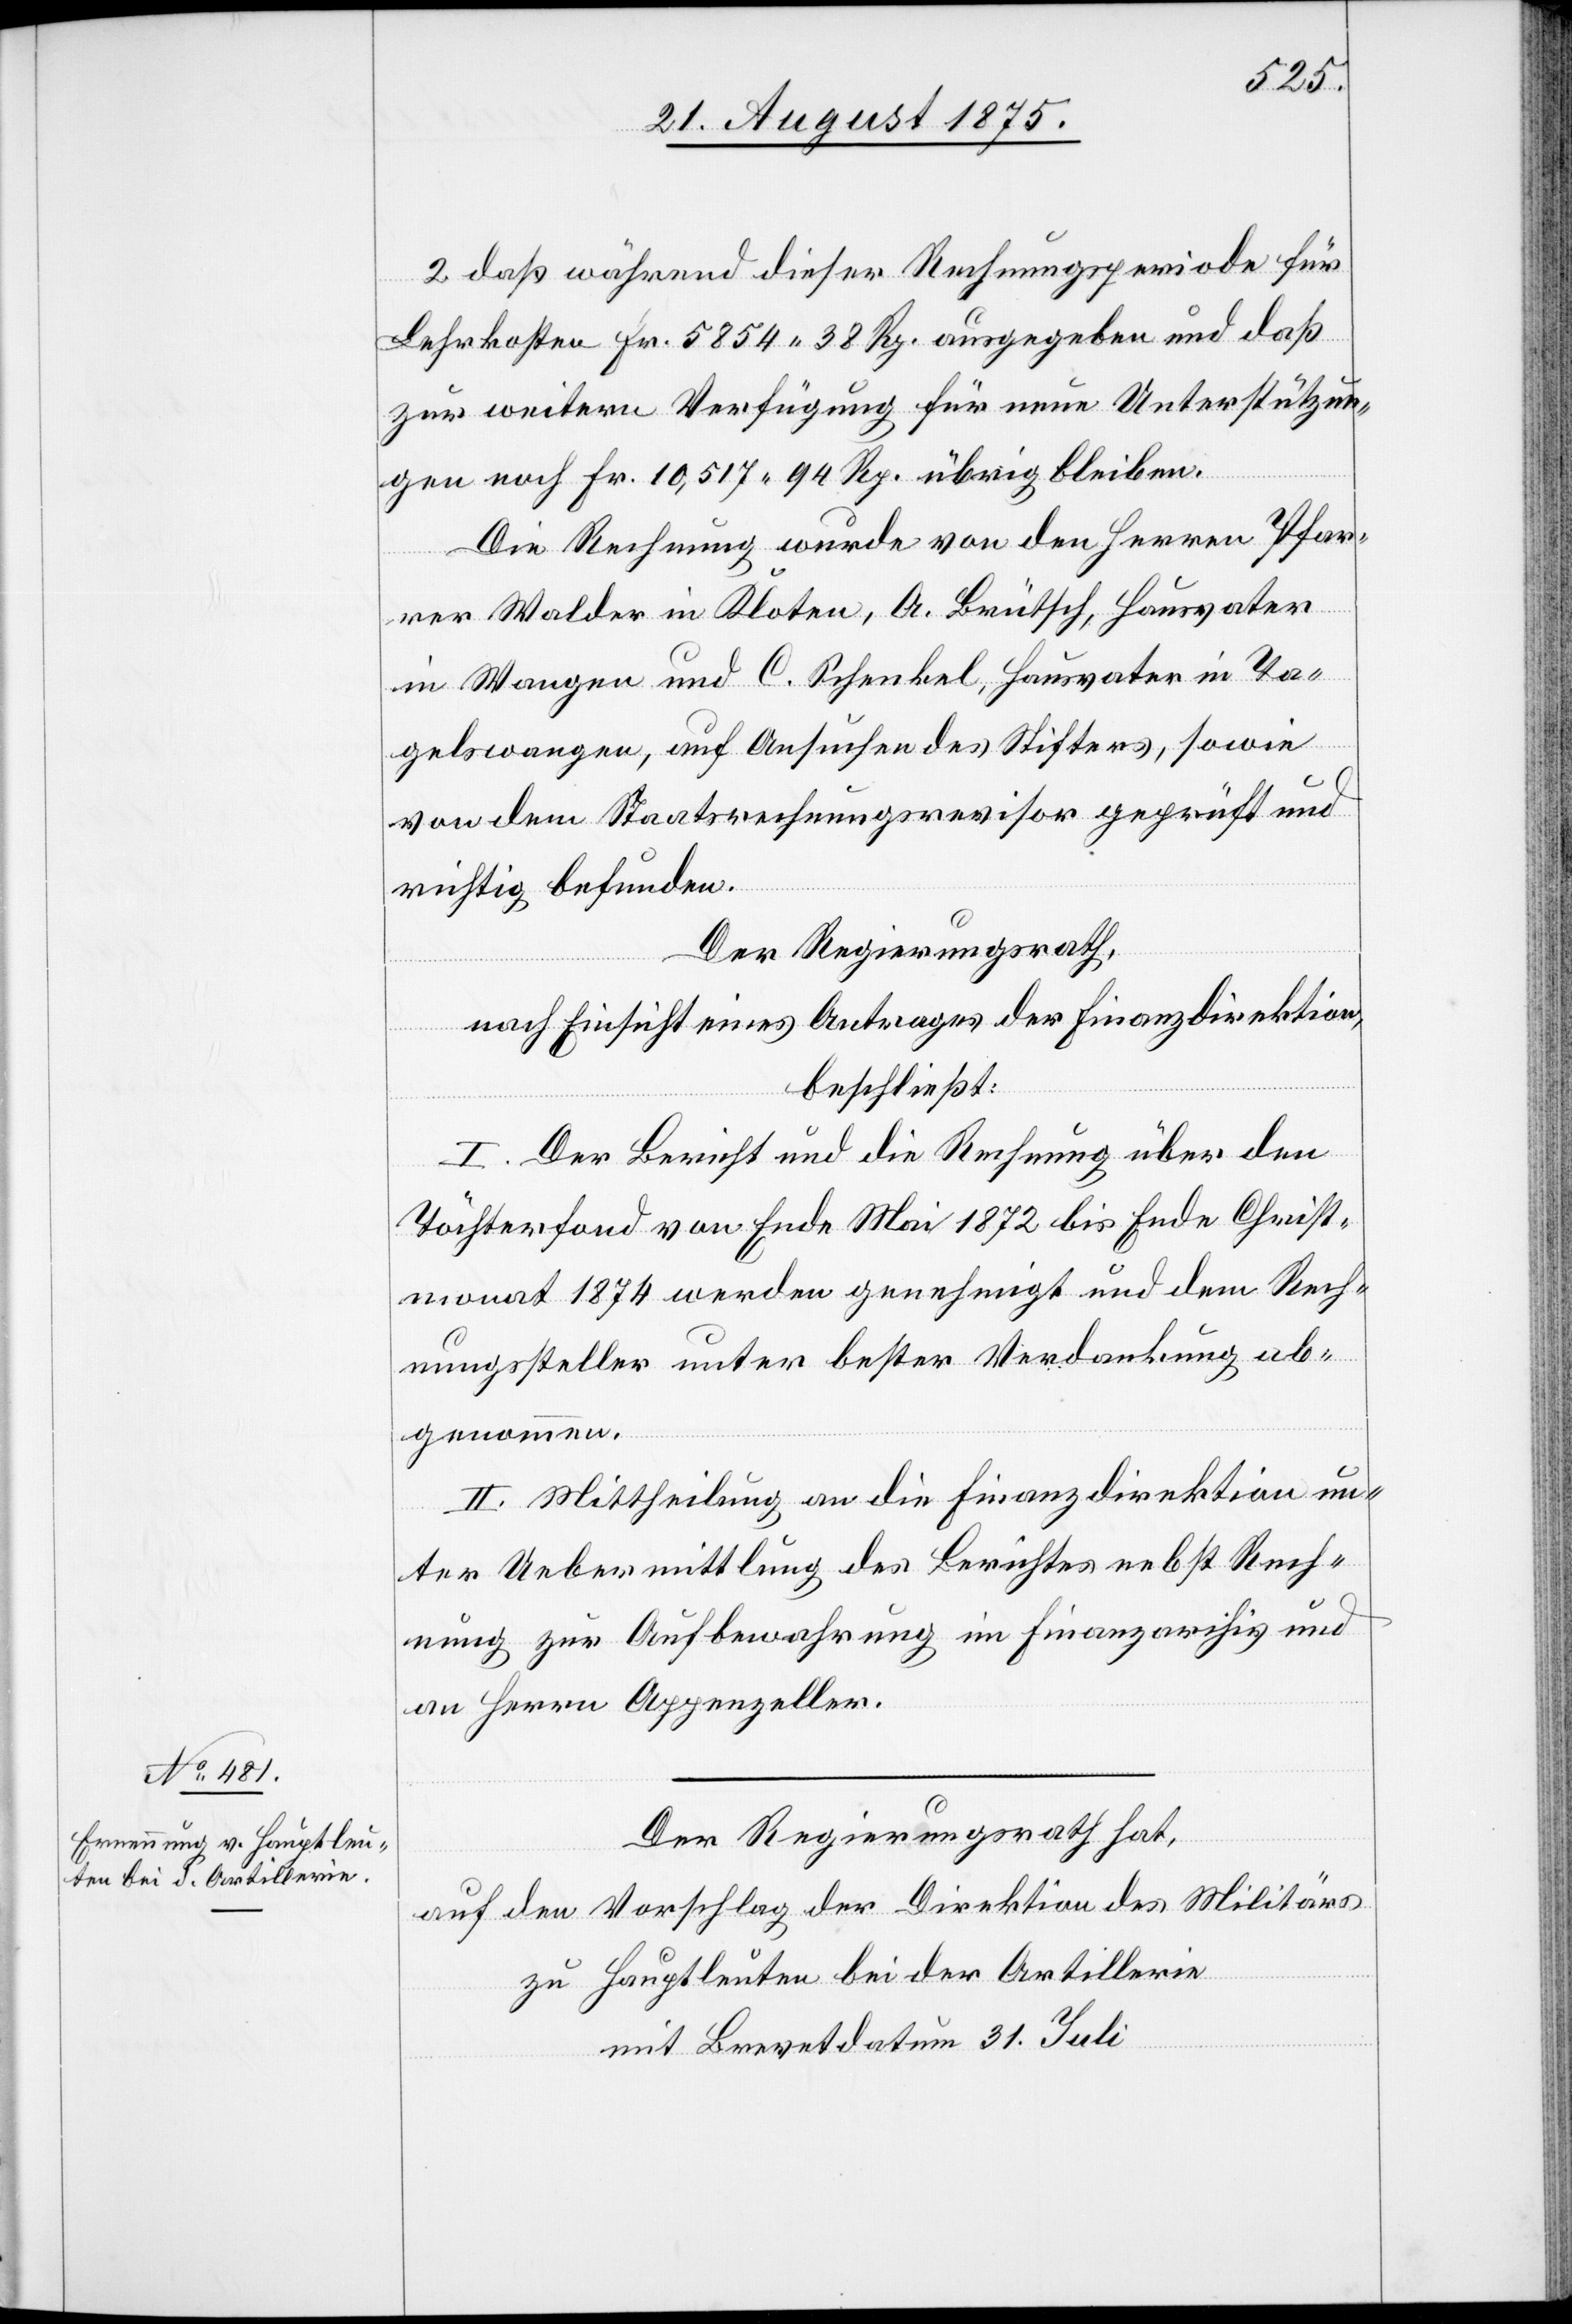
2. daß während dieser Rechnungsperiode für
Lehrkosten Fr. 5854 38 Rp. ausgegeben und daß
zur weitern Verfügung für neue Unterstützun¬
gen noch Fr. 10,517 94 Rp. übrig bleiben.
Die Rechnung wurde von den Herren Pfar¬
rer Walder in Kloten, A. Brütsch, Hausvater
in Wangen und C. Schenkel, Hausvater in Ta¬
gelswangen, auf Ansuchen des Stifters, sowie
von dem Staatsrechnungsrevisor geprüft und
richtig befunden.
Der Regierungsrath,
nach Einsicht eines Antrages der Finanzdirektion,
beschließt:
I. Der Bericht und die Rechnung über den
Töchterfonds von Ende Mai 1872 bis Ende Christ¬
monat 1874 werden genehmigt und dem Rech¬
nungssteller unter bester Verdankung ab¬
genommen.
II. Mittheilung an die Finanzdirektion un¬
ter Uebermittlung des Berichtes nebst Rech¬
nung zur Aufbewahrung im Finanzarchiv und
an Herrn Appenzeller.
Der Regierungsrath hat,
auf den Vorschlag der Direktion des Militärs
zu Hauptleuten bei der Artillerie
mit Brevetdatum 31. Juli